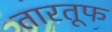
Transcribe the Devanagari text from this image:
तारतूफ